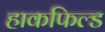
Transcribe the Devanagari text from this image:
हाकफिल्ड